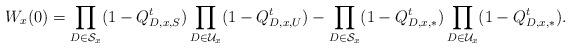
LaTeX: \begin{align*}W_x(0)&=\prod_{D\in\mathcal{S}_{x}}(1- Q_{D,x,S}^t)\prod_{D\in\mathcal{U}_{x}}(1- Q_{D,x,U}^t)-\prod_{D\in\mathcal{S}_{x}}(1- Q_{D,x,*}^t)\prod_{D\in\mathcal{U}_{x}}(1- Q_{D,x,*}^t).\end{align*}